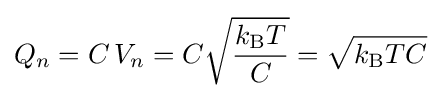
Q_{n}=C\,V_{n}=C{\sqrt {k_{\text{B}}T \over C}}={\sqrt {k_{\text{B}}TC}}